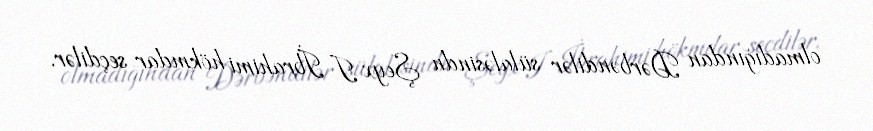
olmadığından Dərbəndilər sülaləsindn Şeyx I İbrahimi hökmdar seçdilər.